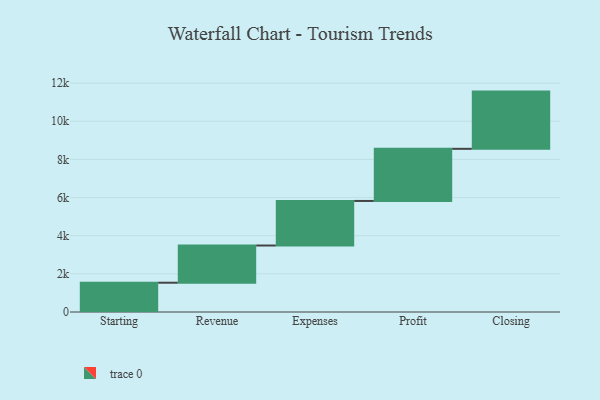
{"axis": {"x": "Step", "y": "Value"}, "legend": [""], "data": [{"x": "Starting", "y": 1535.0, "type": ""}, {"x": "Revenue", "y": 1951.0, "type": ""}, {"x": "Expenses", "y": 2336.0, "type": ""}, {"x": "Profit", "y": 2733.0, "type": ""}, {"x": "Closing", "y": 3000, "type": ""}]}